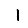
Digit: 1